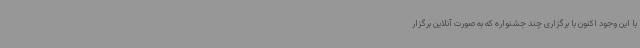
با این وجود اکنون با برگزاری چند جشنواره که به صورت آنلاین برگزار